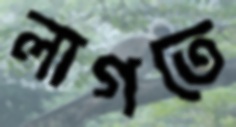
লাগতে